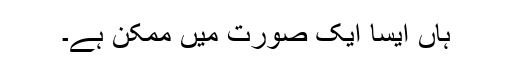
ہاں ایسا ایک صورت میں ممکن ہے۔